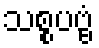
သစ္စပဗ္ဗံ